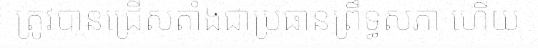
ត្រូវបានជ្រើសតាំងជាប្រធានព្រឹទ្ធសភា ហើយ